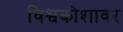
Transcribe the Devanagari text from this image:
विश्वकोशावर